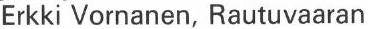
Erkki Vornanen, Rautuvaaran